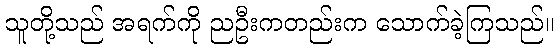
သူတို့သည် အရက်ကို ညဦးကတည်းက သောက်ခဲ့ကြသည်။